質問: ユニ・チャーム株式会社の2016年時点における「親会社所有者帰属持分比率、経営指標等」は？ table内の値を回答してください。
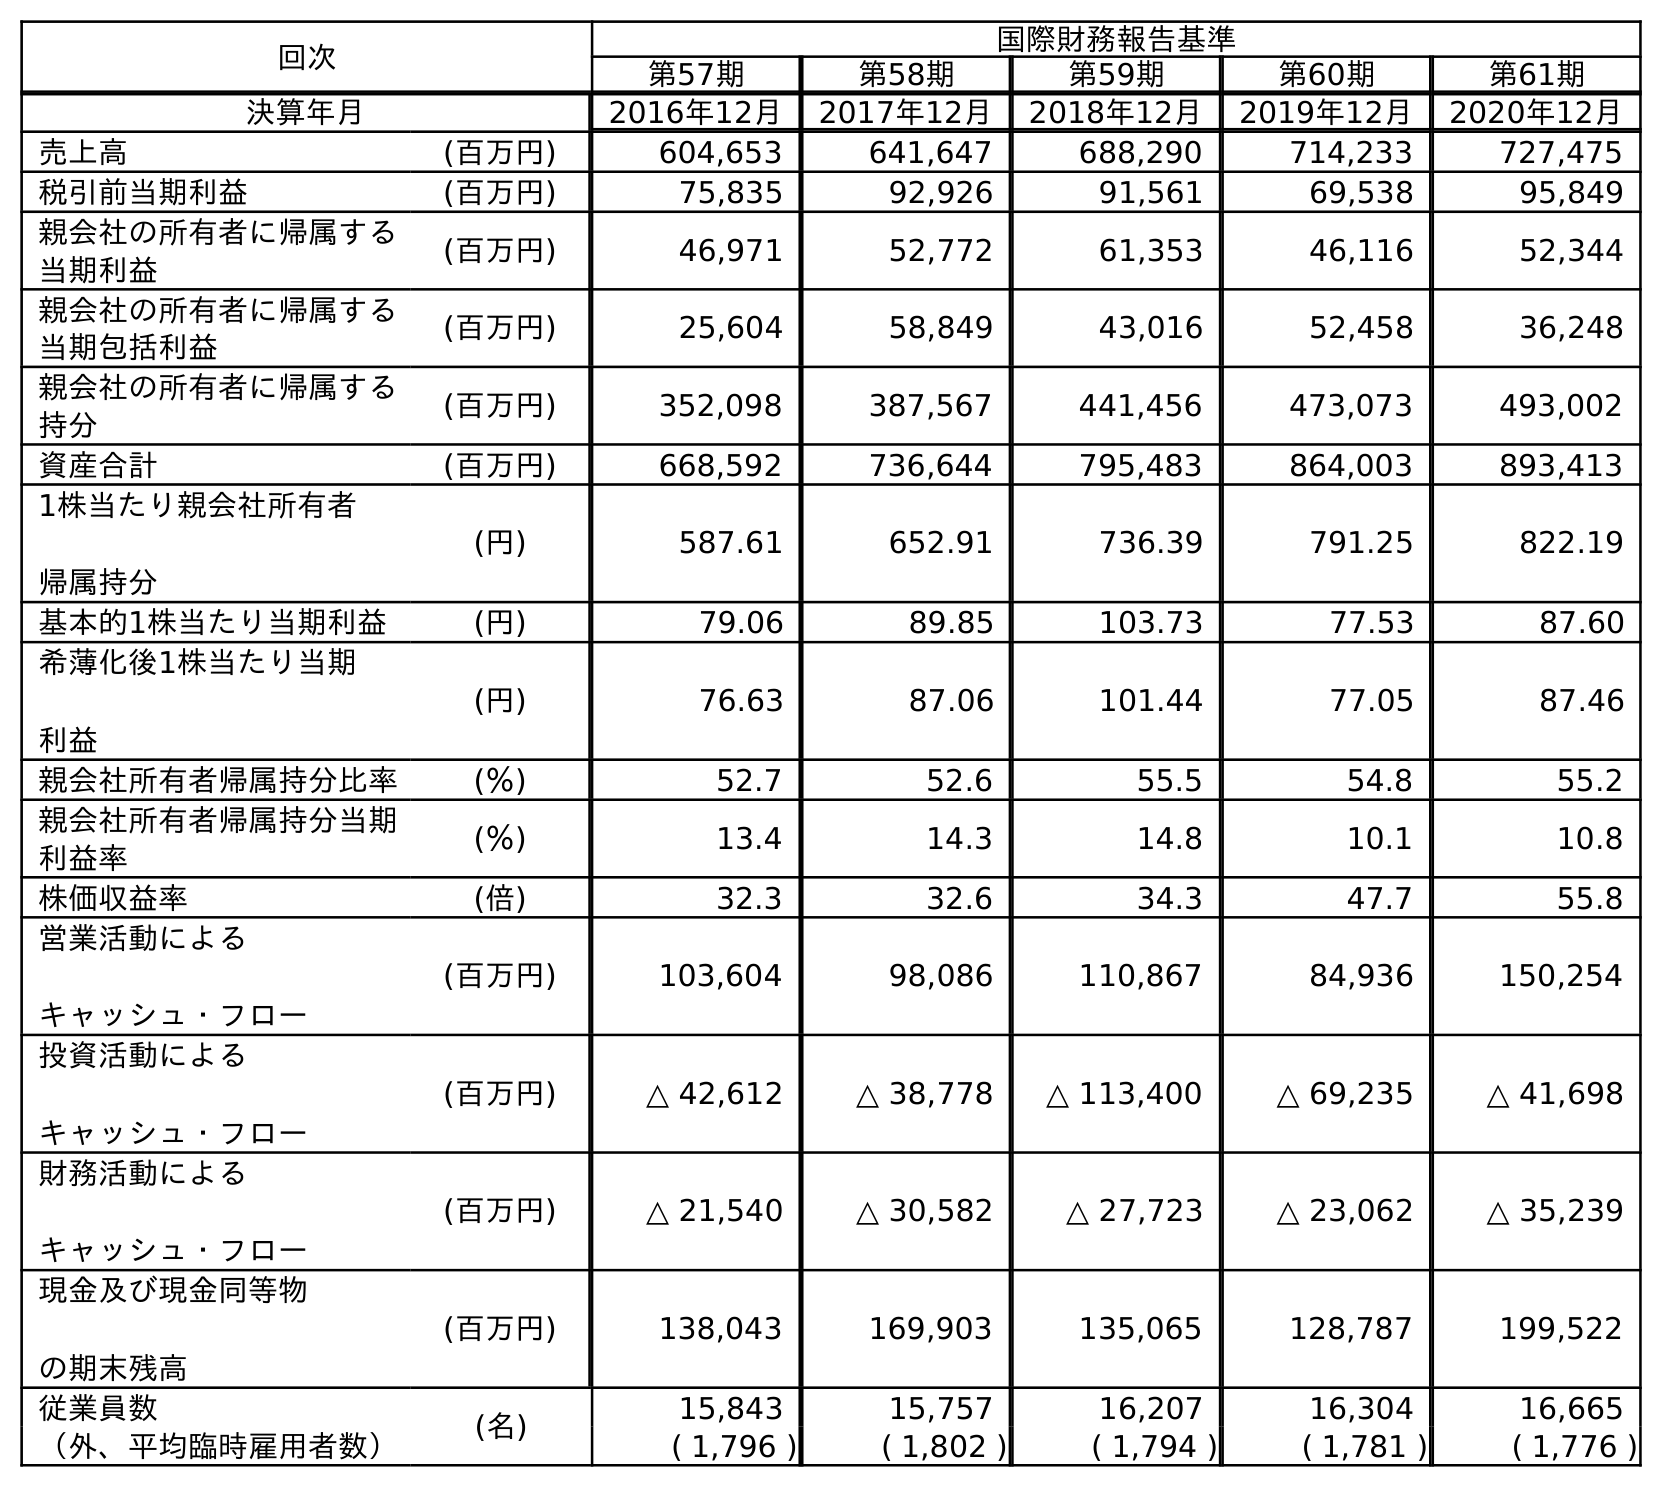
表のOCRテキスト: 回次 国際財務報告基準 第57期 第58期 第59期 第60期 第61期 決算年月 2016年12月 2017年12月 2018年12月 2019年12月 2020年12月 売上高 (百万円) 604,653 641,647 688,290 714,233 727,475 税引前当期利益 (百万円) 75,835 92,926 91,561 69,538 95,849 親会社の所有者に帰属する 当期利益 (百万円) 46,971 52,772 61,353 46,116 52,344 親会社の所有者に帰属する 当期包括利益 (百万円) 25,604 58,849 43,016 52,458 36,248 親会社の所有者に帰属する 持分 (百万円) 352,098 387,567 441,456 473,073 493,002 資産合計 (百万円) 668,592 736,644 795,483 864,003 893,413 1株当たり親会社所有者 帰属持分 (円) 587.61 652.91 736.39 791.25 822.19 基本的1株当たり当期利益 (円) 79.06 89.85 103.73 77.53 87.60 希薄化後1株当たり当期 利益 (円) 76.63 87.06 101.44 77.05 87.46 親会社所有者帰属持分比率 (％) 52.7 52.6 55.5 54.8 55.2 親会社所有者帰属持分当期 利益率 (％) 13.4 14.3 14.8 10.1 10.8 株価収益率 (倍) 32.3 32.6 34.3 47.7 55.8 営業活動による キャッシュ・フロー (百万円) 103,604 98,086 110,867 84,936 150,254 投資活動による キャッシュ・フロー (百万円) △ 42,612 △ 38,778 △ 113,400 △ 69,235 △ 41,698 財務活動による キャッシュ・フロー (百万円) △ 21,540 △ 30,582 △ 27,723 △ 23,062 △ 35,239 現金及び現金同等物 の期末残高 (百万円) 138,043 169,903 135,065 128,787 199,522 従業員数 (名) 15,843 15,757 16,207 16,304 16,665 （外、平均臨時雇用者数） ( 1,796 ) ( 1,802 ) ( 1,794 ) ( 1,781 ) ( 1,776 )
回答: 52.7